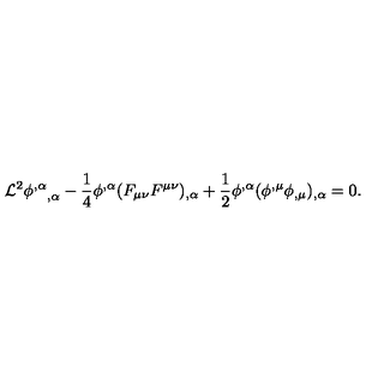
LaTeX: { \cal L } ^ { 2 } { \phi ^ { , \alpha } } _ { , \alpha } - \frac 1 4 \phi ^ { , \alpha } ( F _ { \mu \nu } F ^ { \mu \nu } ) _ { , \alpha } + \frac 1 2 \phi ^ { , \alpha } ( \phi ^ { , \mu } \phi _ { , \mu } ) _ { , \alpha } = 0 .